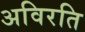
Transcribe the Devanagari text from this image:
अविरति